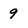
Character: 9